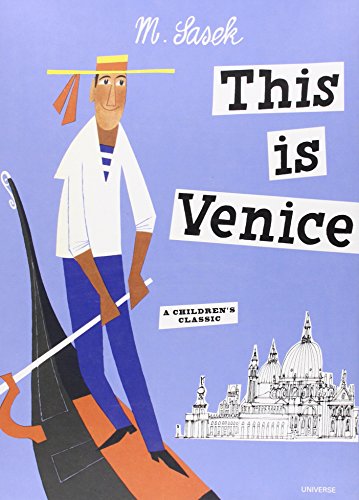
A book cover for This Is Venice; M. Sasek; Travel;